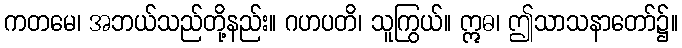
ကတမေ၊ အဘယ်သည်တို့နည်း။ ဂဟပတိ၊ သူကြွယ်။ ဣဓ၊ ဤသာသနာတော်၌။